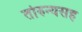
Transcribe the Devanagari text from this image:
तोरुन्यसह